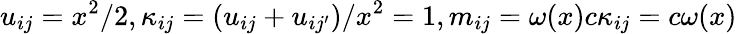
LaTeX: u_{ij}=x^{2}/2,\kappa_{ij}=(u_{ij}+u_{ij^{\prime}})/x^{2}=1,m_{ij}=\omega(x)c\kappa_{ij}=c\omega(x)